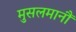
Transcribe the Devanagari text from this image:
मुसलमानौं